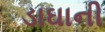
ડાઘાની